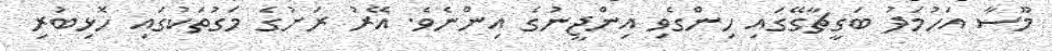
މޫސާ އަހުމަދު ބަގީޗާގޭގައި ހިންގެވި އިންޖީނުގެ އިންނެވެ. އޭރު ރަށުގެ މަގުތަކުގައި ހޮޅިބުރި